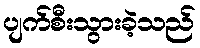
ပျက်စီးသွားခဲ့သည်